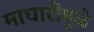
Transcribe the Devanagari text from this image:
माघारीमुळे